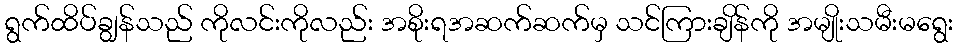
ရွက်ထိပ်ချွန်သည် ကိုလင်းကိုလည်း အစိုးရအဆက်ဆက်မှ သင်ကြားချိန်ကို အမျိုးသမီးမရွေး